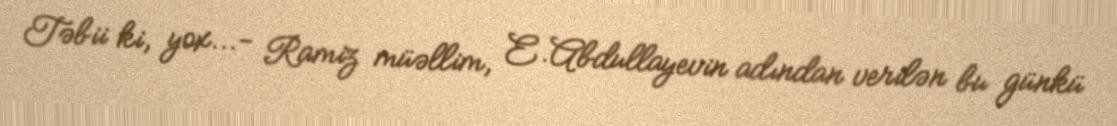
Təbii ki, yox...- Ramiz müəllim, E.Abdullayevin adından verilən bu günkü